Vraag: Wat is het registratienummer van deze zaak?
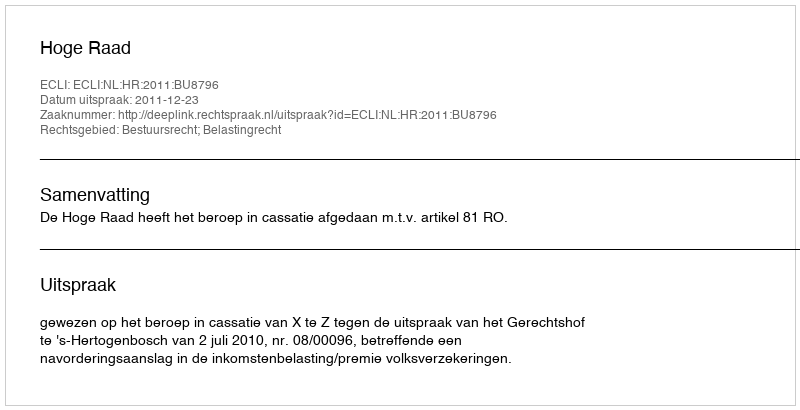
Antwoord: http://deeplink.rechtspraak.nl/uitspraak?id=ECLI:NL:HR:2011:BU8796